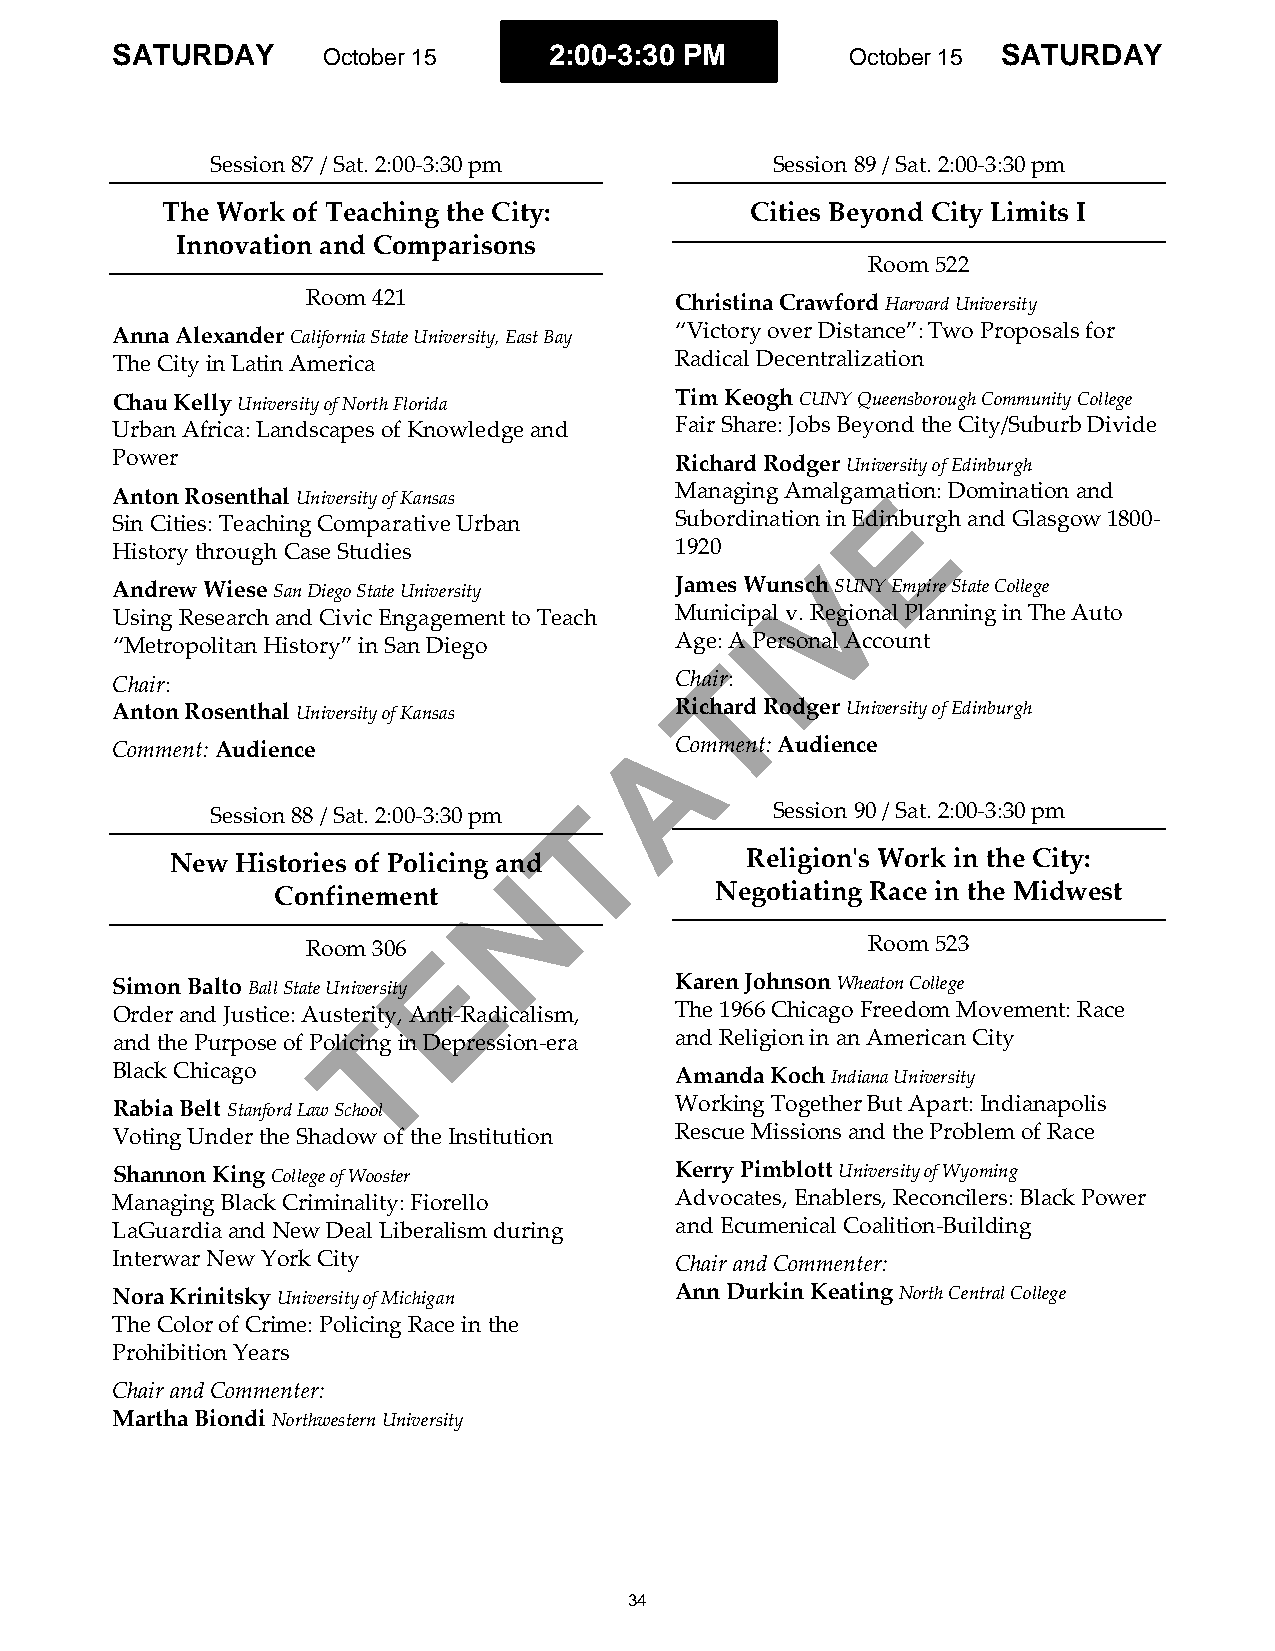
SATURDAY      October 15     2:00-3:30 PM        October 15 SATURDAY
 Session 87 / Sat. 2:00-3:30 pm       Session 89 / Sat. 2:00-3:30 pm
 The Work of Teaching the City:         Cities Beyond City Limits I
 Innovation and Comparisons
 Room 522
 Room 421                 Christina Crawford Harvard University
 Anna Alexander California State University, East Bay “Victory over Distance”: Two Proposals for
 The City in Latin America             Radical Decentralization
 Chau Kelly University of North Florida Tim Keogh CUNY Queensborough Community College
 Urban Africa: Landscapes of Knowledge and Fair Share: Jobs Beyond the City/Suburb Divide
 Power                                 Richard Rodger University of Edinburgh
 Anton Rosenthal University of Kansas  Managing AmalgamEation: Domination and
 Sin Cities: Teaching Comparative Urban Subordination in Edinburgh and Glasgow 1800-
 History through Case Studies          1920
 V
 Andrew Wiese San Diego State University James Wunsch SUNY Empire State College
 Using Research and Civic Engagement to Teach Municipal v. Regional Planning in The Auto
 I
 “Metropolitan History” in San Diego   Age: A Personal Account
 T
 Chair:                                Chair:
 Anton Rosenthal University of Kansas  Richard Rodger University of Edinburgh
 A
 Comment: Audience                     Comment: Audience
 Session 88 / Sat. 2:00-3:30 pm T     Session 90 / Sat. 2:00-3:30 pm
 New  Histories of Policing and        Religion's Work in the City:
 N
 Confinement                  Negotiating Race in the Midwest
 Room 306 E                           Room 523
 Simon Balto Ball State University     Karen Johnson Wheaton College
 Order and Justice: AusteTrity, Anti-Radicalism, The 1966 Chicago Freedom Movement: Race
 and the Purpose of Policing in Depression-era and Religion in an American City
 Black Chicago                         Amanda Koch Indiana University
 Rabia Belt Stanford Law School        Working Together But Apart: Indianapolis
 Voting Under the Shadow of the Institution Rescue Missions and the Problem of Race
 Shannon King College of Wooster       Kerry Pimblott University of Wyoming
 Managing Black Criminality: Fiorello  Advocates, Enablers, Reconcilers: Black Power
 LaGuardia and New Deal Liberalism during and Ecumenical Coalition-Building
 Interwar New York City                Chair and Commenter:
 Nora Krinitsky University of Michigan Ann Durkin Keating North Central College
 The Color of Crime: Policing Race in the
 Prohibition Years
 Chair and Commenter:
 Martha Biondi Northwestern University
 34